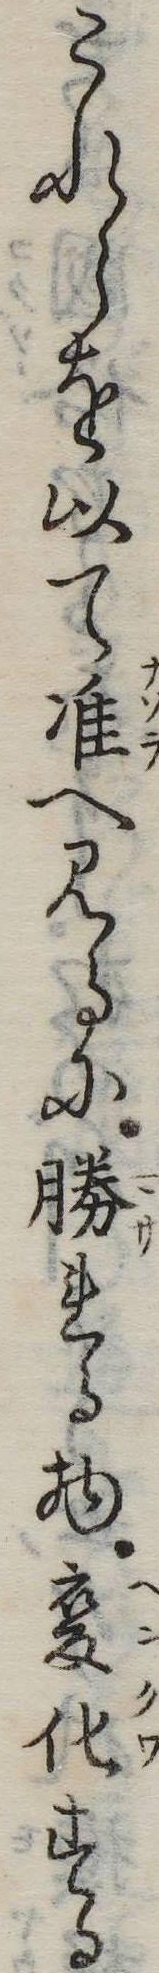
これらを以て准へ見るに勝れる物変化する